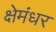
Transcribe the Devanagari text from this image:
क्षेमंधर